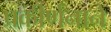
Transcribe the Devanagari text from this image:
प्रकीर्णनाने